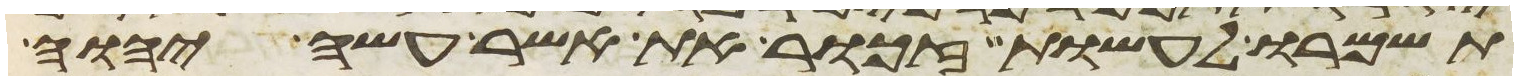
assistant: תשמרו לעשות זכור את אשר עשה יהוה